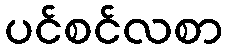
ပင်စင်လစာ